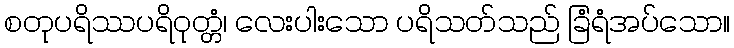
စတုပရိဿပရိဝုတ္တံ၊ လေးပါးသော ပရိသတ်သည် ခြံရံအပ်သော။